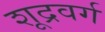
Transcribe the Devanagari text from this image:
शूद्रवर्ग